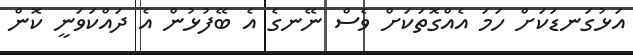
އަޅުގަނޑަކަށް ހަމަ އެއްގޮތަކަށް ވެސް ނޭނގެ އެ ބޭފުޅުން އެ ދައްކަވަނީ ކޮން